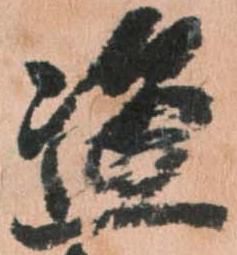
盗